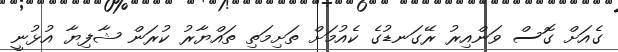
ގެއަށް ގޮސް ވަންއިރު ރޭގަނޑުގެ ކެއުމަށް ތަށިމަތި ތައްޔާރު ކުރަން ޝާފިޔާ އުޅުނީ